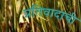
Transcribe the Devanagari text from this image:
प्रतिवादाची